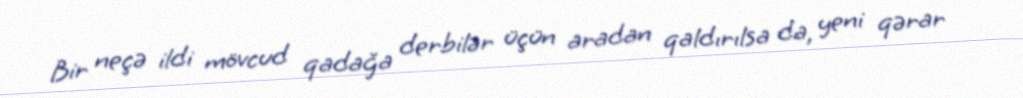
Bir neçə ildi mövcud qadağa derbilər üçün aradan qaldırılsa da, yeni qərar